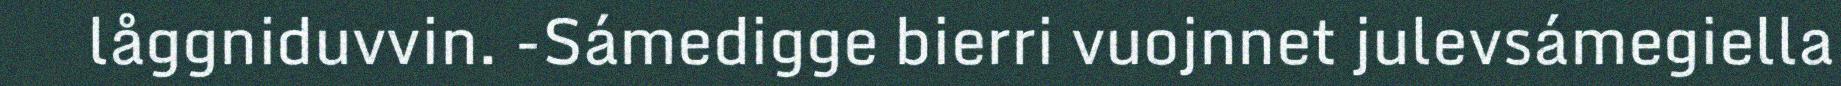
låggniduvvin. -Sámedigge bierri vuojnnet julevsámegiella